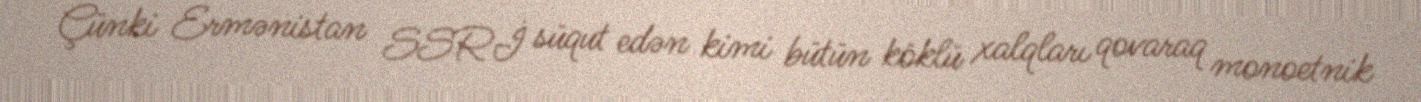
Çünki Ermənistan SSRİ süqut edən kimi bütün köklü xalqları qovaraq monoetnik